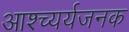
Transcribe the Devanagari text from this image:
आश्च्यर्यजनक